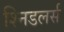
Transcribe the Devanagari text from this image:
श्निडलर्स